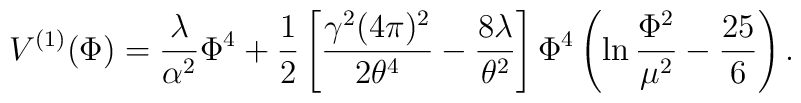
V^{(1)} (\Phi) = \frac{\lambda}{\alpha^2} \Phi^4 +\frac{1}{2}\left[ \frac{\gamma^2 (4 \pi )^2}{2 \theta^4} -\frac{8\lambda}{\theta^2} \right] \Phi^4 \left( \ln\frac{\Phi^2}{\mu^2} -\frac{25}{6} \right).